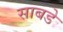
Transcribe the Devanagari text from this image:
साबडे